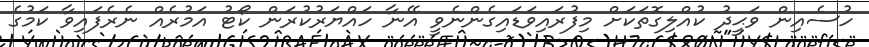
ހުސެއިން ވަޙީދު ކުއްލިގޮތަކަށް މިފުރައިވަޑައިގެންނެވީ އޭނާ ހައްޔަރުކުރަން ކޯޓު އަމުރެއް ނެރެފައިވާ ކަމުގެ